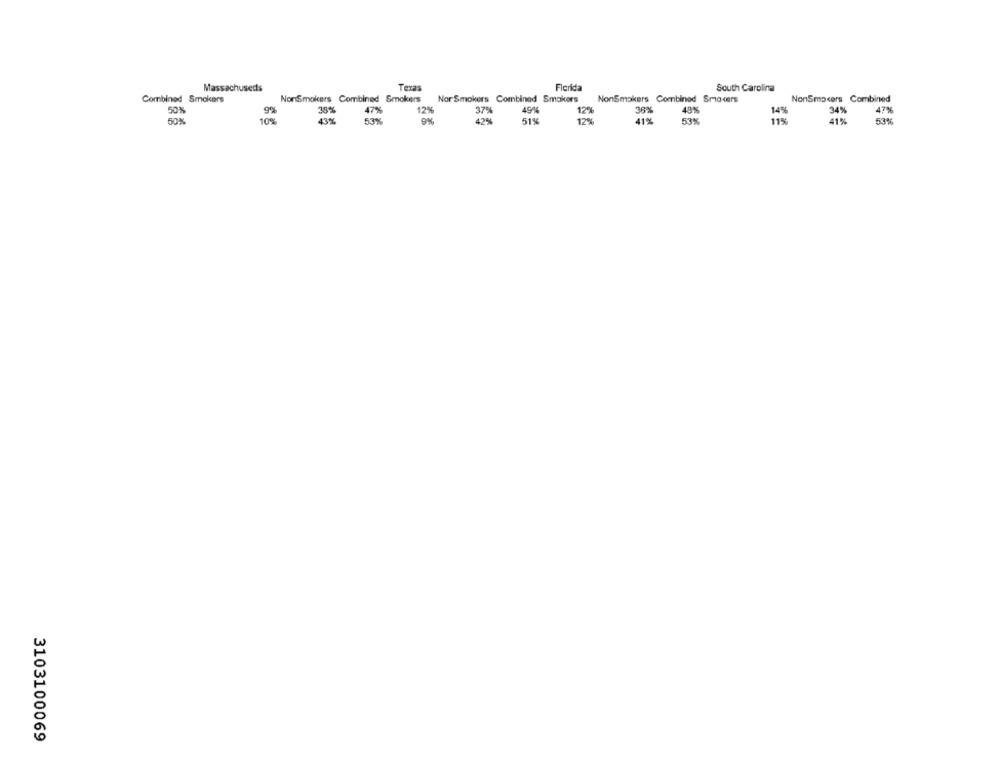
Massachuseds
Texas
Flerida
South Carolina
Combined Smokers
NonSmokers Combined Smokers
Nor Smokers Combined Smokers
NonSmokers Combined Srio cers
NonSmokers Combined
50%
9%
38%
47%
12%
37%
4944
36%
48%
14%
34%
47%
50%
10%
43%
53%
9%
42%
51%
12%
41%
53%
11%
41%
53%
3103100069